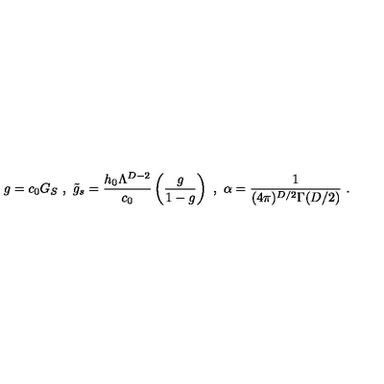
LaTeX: g = c _ { 0 } G _ { S } \ , \ \tilde { g } _ { s } = \frac { h _ { 0 } \Lambda ^ { D - 2 } } { c _ { 0 } } \left( \frac { g } { 1 - g } \right) \ , \ \alpha = \frac { 1 } { ( 4 \pi ) ^ { D / 2 } \Gamma ( D / 2 ) } \ .